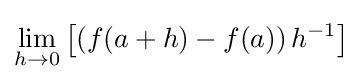
\lim _{h\to 0}\left[\left(f(a+h)-f(a)\right)h^{-1}\right]